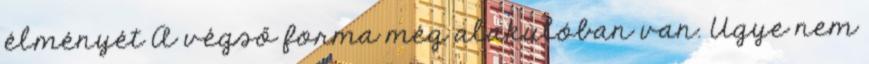
élményét A végső forma még alakulóban van. Ugye nem